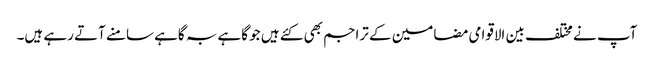
آپ نے مختلف بین الاقوامی مضامین کے تراجم بھی کئے ہیں جو گاہے بہ گاہے سامنے آتے رہے ہیں۔